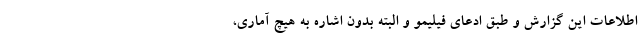
اطلاعات این گزارش و طبق ادعای فیلیمو و البته بدون اشاره به هیچ آماری،